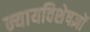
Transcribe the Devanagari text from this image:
न्यायविशेषज्ञों